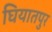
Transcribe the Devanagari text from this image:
घियातपुर